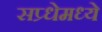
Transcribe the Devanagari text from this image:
सप्र्धेमध्ये